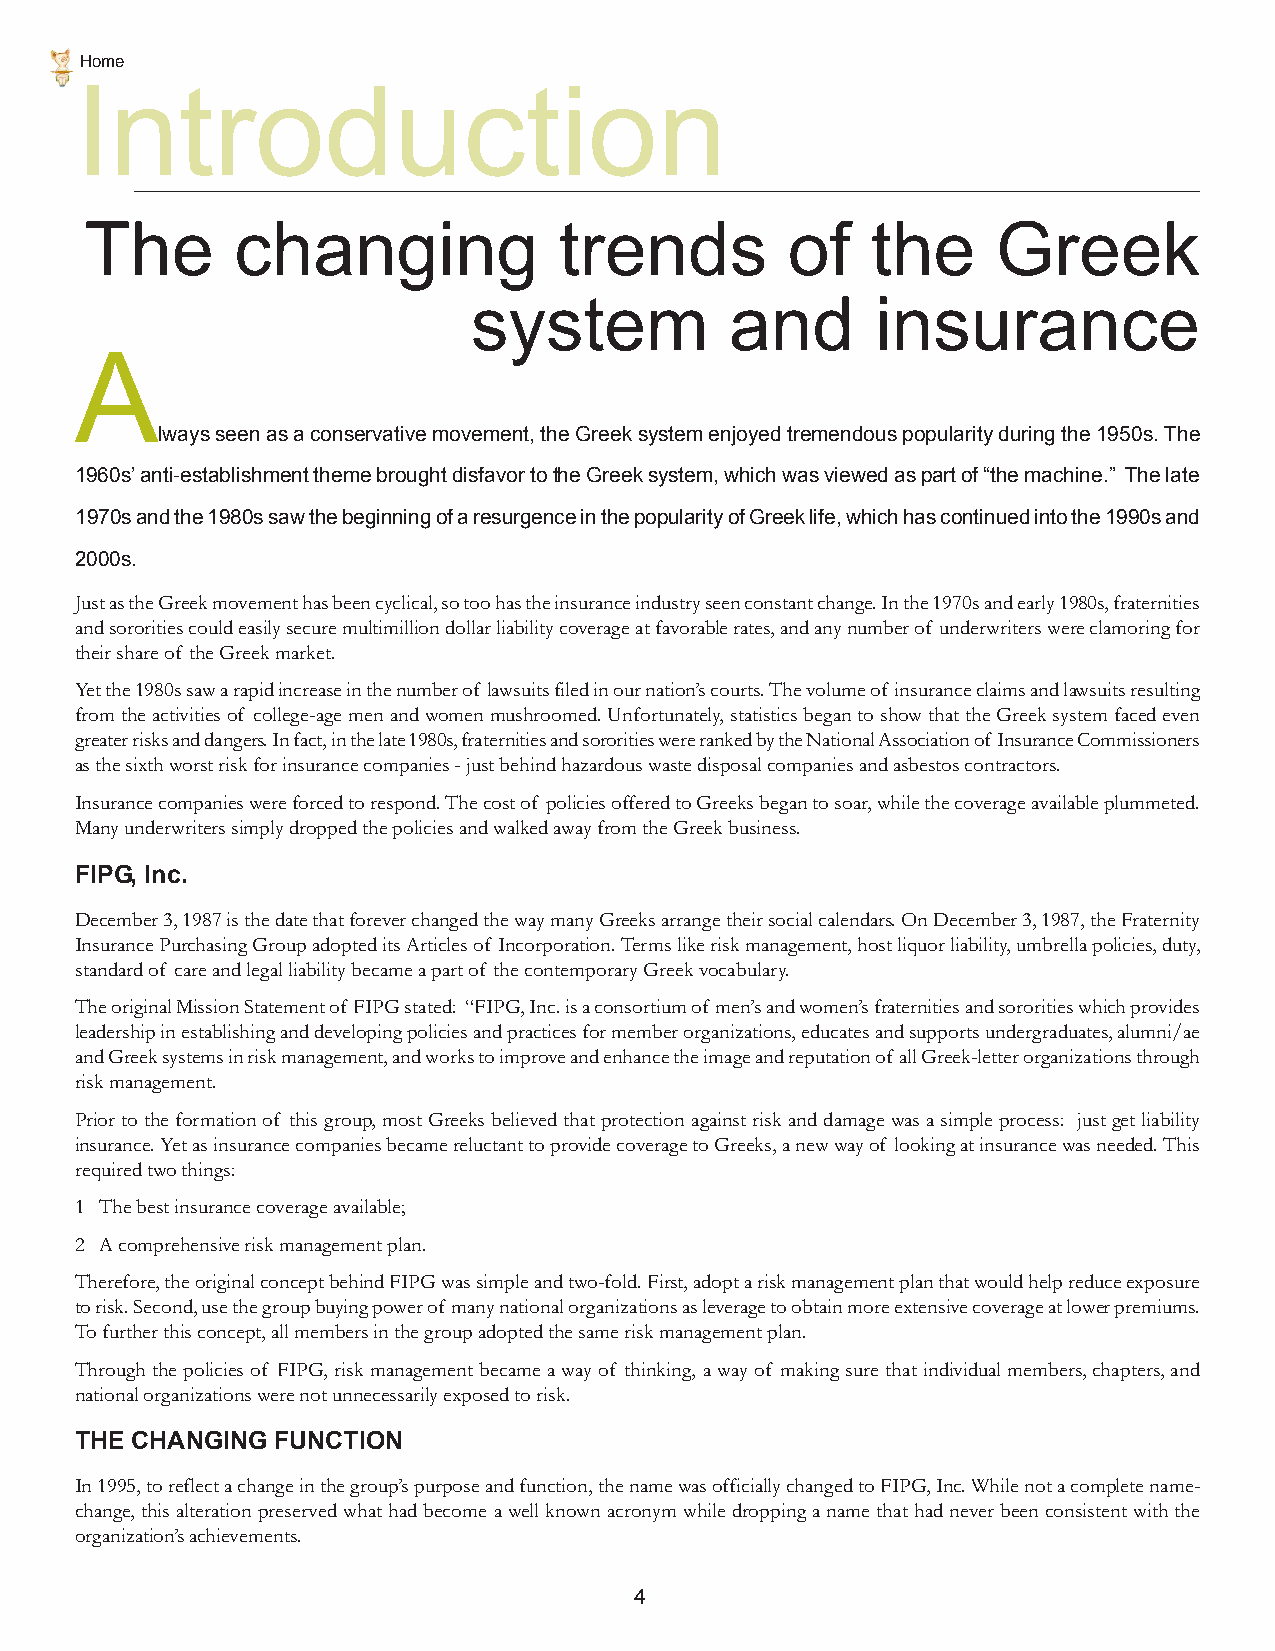
Home
 Introduction
 The       changing             trends         of    the     Greek
 system           and       insurance
 A
 lways seen as a conservative movement, the Greek system enjoyed tremendous popularity during the 1950s. The
 1960s’ anti-establishment theme brought disfavor to the Greek system, which was viewed as part of “the machine.” The late
 1970s and the 1980s saw the beginning of a resurgence in the popularity of Greek life, which has continued into the 1990s and
 2000s.
 Just as the Greek movement has been cyclical, so too has the insurance industry seen constant change. In the 1970s and early 1980s, fraternities
 and sororities could easily secure multimillion dollar liability coverage at favorable rates, and any number of underwriters were clamoring for
 their share of the Greek market.
 Yet the 1980s saw a rapid increase in the number of lawsuits filed in our nation’s courts. The volume of insurance claims and lawsuits resulting
 from the activities of college-age men and women mushroomed. Unfortunately, statistics began to show that the Greek system faced even
 greater risks and dangers. In fact, in the late 1980s, fraternities and sororities were ranked by the National Association of Insurance Commissioners
 as the sixth worst risk for insurance companies - just behind hazardous waste disposal companies and asbestos contractors.
 Insurance companies were forced to respond. The cost of policies offered to Greeks began to soar, while the coverage available plummeted.
 Many underwriters simply dropped the policies and walked away from the Greek business.
 FIPG, Inc.
 December 3, 1987 is the date that forever changed the way many Greeks arrange their social calendars. On December 3, 1987, the Fraternity
 Insurance Purchasing Group adopted its Articles of Incorporation. Terms like risk management, host liquor liability, umbrella policies, duty,
 standard of care and legal liability became a part of the contemporary Greek vocabulary.
 The original Mission Statement of FIPG stated: “FIPG, Inc. is a consortium of men’s and women’s fraternities and sororities which provides
 leadership in establishing and developing policies and practices for member organizations, educates and supports undergraduates, alumni/ae
 and Greek systems in risk management, and works to improve and enhance the image and reputation of all Greek-letter organizations through
 risk management.
 Prior to the formation of this group, most Greeks believed that protection against risk and damage was a simple process: just get liability
 insurance. Yet as insurance companies became reluctant to provide coverage to Greeks, a new way of looking at insurance was needed. This
 required two things:
 1 The best insurance coverage available;
 2 A comprehensive risk management plan.
 Therefore, the original concept behind FIPG was simple and two-fold. First, adopt a risk management plan that would help reduce exposure
 to risk. Second, use the group buying power of many national organizations as leverage to obtain more extensive coverage at lower premiums.
 To further this concept, all members in the group adopted the same risk management plan.
 Through the policies of FIPG, risk management became a way of thinking, a way of making sure that individual members, chapters, and
 national organizations were not unnecessarily exposed to risk.
 THE CHANGING FUNCTION
 In 1995, to reflect a change in the group’s purpose and function, the name was officially changed to FIPG, Inc. While not a complete name-
 change, this alteration preserved what had become a well known acronym while dropping a name that had never been consistent with the
 organization’s achievements.
 4